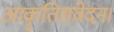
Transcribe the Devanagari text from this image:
आकृतिसंवेदन।